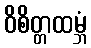
ဝိစိတ္တထမ္ဘံ